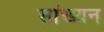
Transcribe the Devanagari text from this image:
सांख्यन